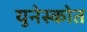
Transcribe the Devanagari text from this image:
युनेस्कोत